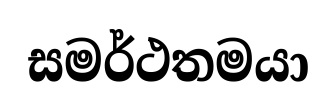
සමර්ථතමයා